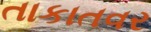
તાકાતવર